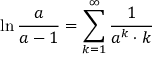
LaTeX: \ln { \frac { a } { a - 1 } } = \sum _ { k = 1 } ^ { \infty } { \frac { 1 } { a ^ { k } \cdot k } }